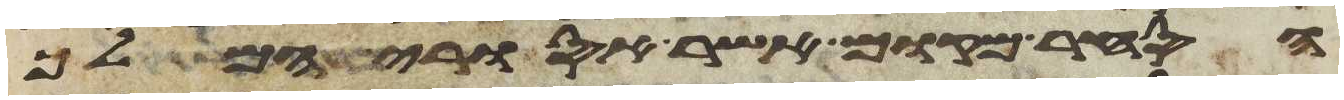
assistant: הסחר מקום אשר אסורי המלך